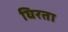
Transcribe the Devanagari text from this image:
घिरता